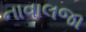
નાવાલજા